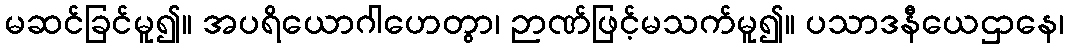
မဆင်ခြင်မူ၍။ အပရိယောဂါဟေတွာ၊ ဉာဏ်ဖြင့်မသက်မူ၍။ ပသာဒနီယေဌာနေ၊